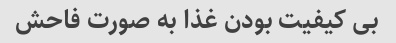
بی کیفیت بودن غذا به صورت فاحش